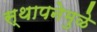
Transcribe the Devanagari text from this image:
स्थापनेमुळे